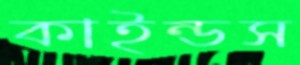
কাইন্ডস